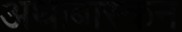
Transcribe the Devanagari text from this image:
अथाबास्कन